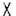
X